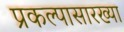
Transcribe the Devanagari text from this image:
प्रकल्पासारख्या